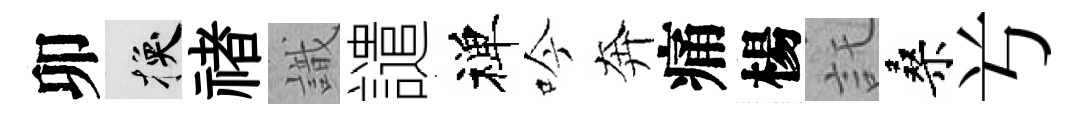
卯换禇識譴禅吟奔痛楊託桑𠔃